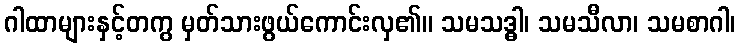
ဂါထာများနှင့်တကွ မှတ်သားဖွယ်ကောင်းလှ၏။ သမသဒ္ဓါ၊ သမသီလာ၊ သမစာဂါ၊